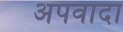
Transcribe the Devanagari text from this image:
अपवादा